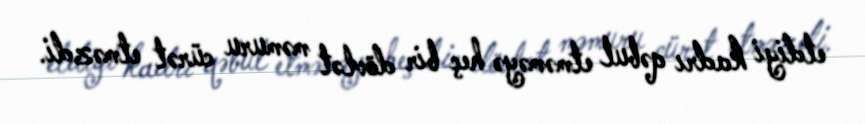
etdiyi kadrı qəbul etməməyə heç bir dövlət məmuru cürət etməzdi.